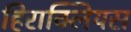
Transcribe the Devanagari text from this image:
हिराक्लियस